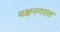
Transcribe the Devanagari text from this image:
यक्षनगरात